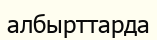
албырттарда